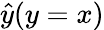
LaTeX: {\hat{y}}(y=x)